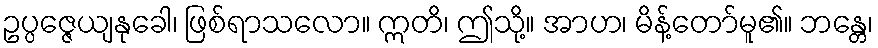
ဥပ္ပဇ္ဇေယျနုခေါ၊ ဖြစ်ရာသလော။ ဣတိ၊ ဤသို့။ အာဟ၊ မိန့်တော်မူ၏။ ဘန္တေ၊